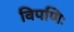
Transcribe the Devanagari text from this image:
विपणिः